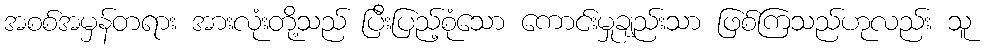
အစစ်အမှန်တရား အားလုံးတို့သည် ပြီးပြည့်စုံသော ကောင်းမှုချည်းသာ ဖြစ်ကြသည်ဟုလည်း သူ